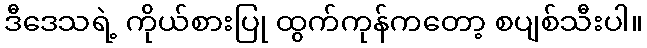
ဒီဒေသရဲ့ ကိုယ်စားပြု ထွက်ကုန်ကတော့ စပျစ်သီးပါ။